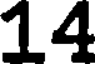
14